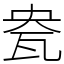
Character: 㼜